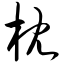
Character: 枕